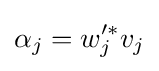
\alpha _{j}=w_{j}'^{*}v_{j}